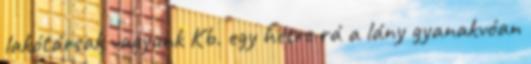
lakótársak vagyunk Kb. egy hétre rá a lány gyanakvóan